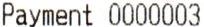
PAYMENT 0000003